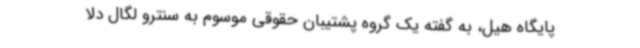
پایگاه هیل، به گفته یک گروه پشتیبان حقوقی موسوم به سنترو لگال دلا